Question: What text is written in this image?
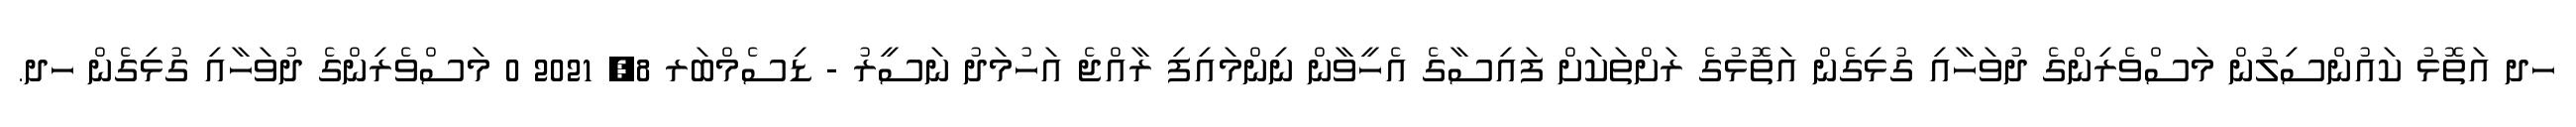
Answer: ހދ އަތޮޅު ކައުންސިލުން މަސްވެރިންގެ ދުވަހާއި ގުޅިގެން އަތޮޅުގެ ރަށްތަކަށް ފައިސާގެ އެހީވާން ނިންމައިފި ރާއްޖެ އަހުމަދު ނަސީރު - ޑިސެމްބަރ 8, 2021 0 މަސްވެރިންގެ ދުވަހާއި ގުޅިގެން ހދ.